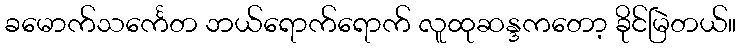
ခမောက်သင်္ကေတ ဘယ်ရောက်ရောက် လူထုဆန္ဒကတော့ ခိုင်မြဲတယ်။